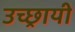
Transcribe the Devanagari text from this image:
उच्छ्रायी